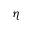
\eta